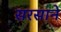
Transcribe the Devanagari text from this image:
सरसाने